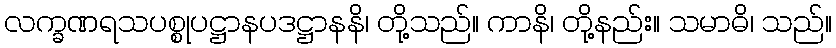
လက္ခဏရသပစ္စုပဋ္ဌာနပဒဋ္ဌာနနိ၊ တို့သည်။ ကာနိ၊ တို့နည်း။ သမာဓိ၊ သည်။